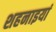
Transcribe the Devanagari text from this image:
शहनाइयां